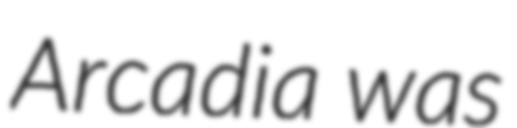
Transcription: Arcadia was